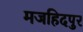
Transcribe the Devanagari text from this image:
मजहिदपुर